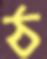
ঠ